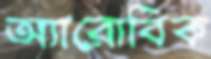
অ্যারোবিক